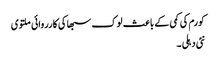
کورم کی کمی کے باعث لوک سبھا کی کارروائی ملتوی
نئی دہلی ۔